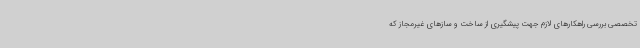
تخصصی بررسی راهکارهای لازم جهت پیشگیری از ساخت و سازهای غیرمجاز که